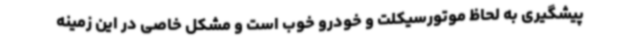
پیشگیری به لحاظ موتورسیکلت و خودرو خوب است و مشکل خاصی در این زمینه